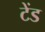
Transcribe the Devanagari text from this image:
टेंड